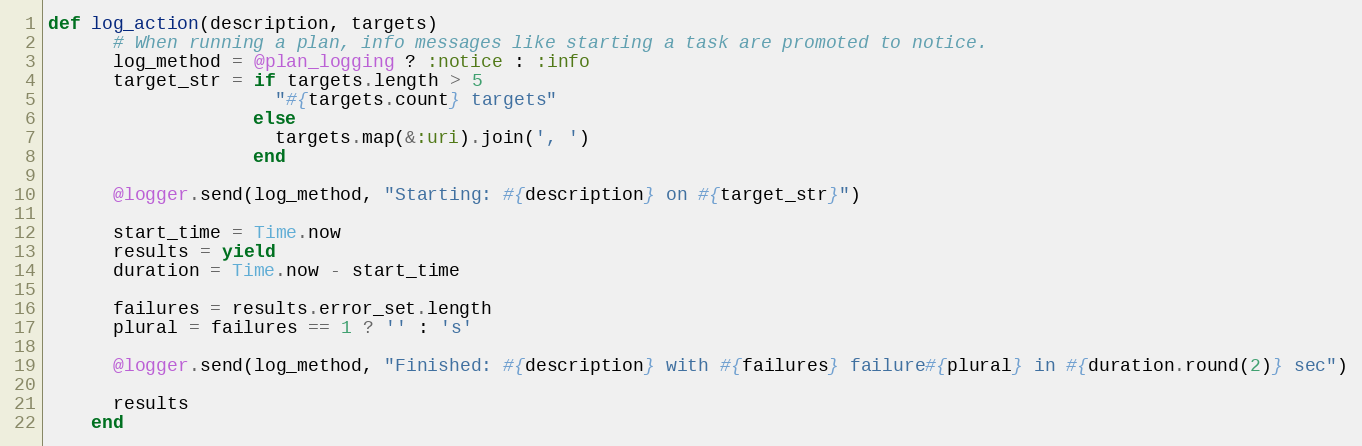
Language: Ruby
def log_action(description, targets)
      # When running a plan, info messages like starting a task are promoted to notice.
      log_method = @plan_logging ? :notice : :info
      target_str = if targets.length > 5
                     "#{targets.count} targets"
                   else
                     targets.map(&:uri).join(', ')
                   end

      @logger.send(log_method, "Starting: #{description} on #{target_str}")

      start_time = Time.now
      results = yield
      duration = Time.now - start_time

      failures = results.error_set.length
      plural = failures == 1 ? '' : 's'

      @logger.send(log_method, "Finished: #{description} with #{failures} failure#{plural} in #{duration.round(2)} sec")

      results
    end